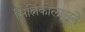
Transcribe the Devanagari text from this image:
सिंत्निकोलासने